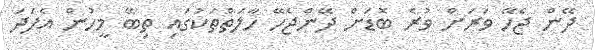
ދޭން ޖެހޭ ވަރަށް ވުރެ ބޮޑަށް ދޭންޖެހޭ ހާލަތްތަކުގައި ތިބޭ މީހުން އެފަދަ